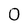
Character: O